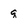
Character: q